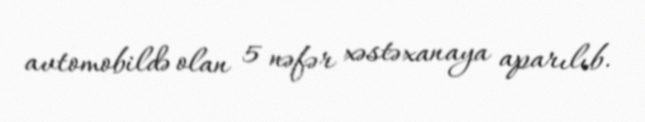
avtomobildə olan 5 nəfər xəstəxanaya aparılıb.